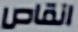
انقاص